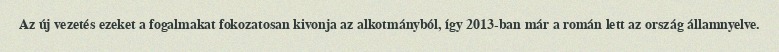
Az új vezetés ezeket a fogalmakat fokozatosan kivonja az alkotmányból, így 2013-ban már a román lett az ország államnyelve.